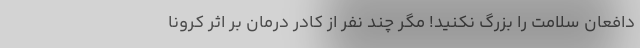
دافعان سلامت را بزرگ نکنید! مگر چند نفر از کادر درمان بر اثر کرونا